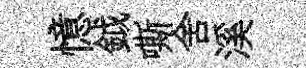
憶鉞嘶舍溪